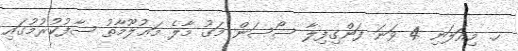
ހ. މިއަލަނި 4 ވަނަ ފަންގިފިލާ ސޯސަން މަގު މާލެ މަޢުލޫމާތު ސާފުކުރުމުގައި